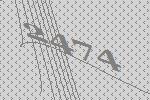
2474